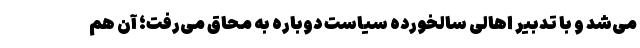
می‌شد و با تدبیر اهالی سالخورده سیاست دوباره به محاق می‌رفت؛ آن هم